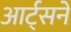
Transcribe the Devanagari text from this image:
आर्ट्‌सने